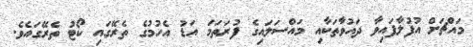
މައްޗަށް އުފުލާފައިވާ ދައުވާތަކާއި މައްސަލައިގެ ފުރަތަމަ އަޑު އެހުމުގެ ތެރޭގައި ކޯޓު ތެރޭގައެވެ.